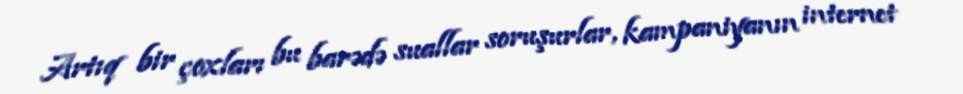
Artıq bir çoxları bu barədə suallar soruşurlar, kampaniyanın internet